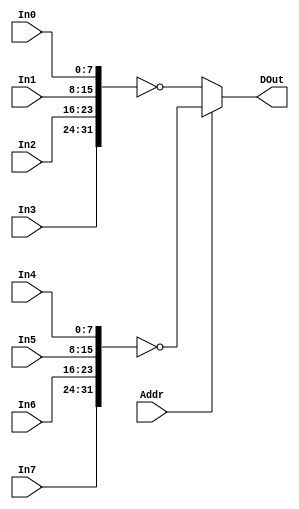
`timescale 1ns / 1ps
//////////////////////////////////////////////////////////////////////////////////
// Company: 
// Engineer: 
// 
// Design Name: 
// Module Name:    DipSwitch 
// Project Name: 
// Target Devices: 
// Tool versions: 
// Description: 
//
// Dependencies: 
//
// Revision: 
// Revision 0.01 - File Created
// Additional Comments: 
//
//////////////////////////////////////////////////////////////////////////////////
module DipSwitch(
	 input Addr,
    input [7:0] In0,
    input [7:0] In1,
    input [7:0] In2,
    input [7:0] In3,
	 input [7:0] In4,
    input [7:0] In5,
    input [7:0] In6,
    input [7:0] In7,
    output [31:0] DOut
    );

	assign DOut = Addr ? ~{In7, In6, In5, In4} : ~{In3, In2, In1, In0};

endmodule